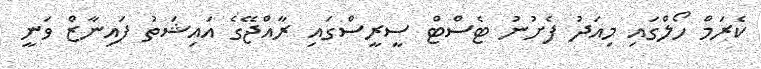
ކެރަމް ހޯލްގައި މިއަދު ފެށުނު ޓެސްޓް ސީރީސްގައި ރާއްޖޭގެ އައިޝަތު ފައިނާޒް ވަނީ